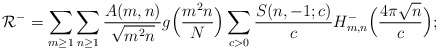
\begin{align*}\mathcal{R}^- = \sum_{m \geq 1} \sum_{n \geq 1} \frac{A(m,n)}{\sqrt{m^2 n}}g\Big(\frac{m^2 n}{N}\Big)\sum_{c > 0} \frac{S(n,-1;c)}{c}H_{m,n}^- \Big( \frac{4\pi \sqrt{n}}{c} \Big);\end{align*}